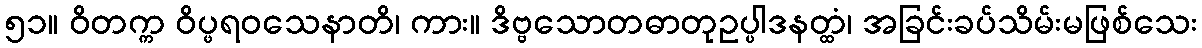
၅၁။ ဝိတက္က ဝိပ္ဖရဝသေနာတိ၊ ကား။ ဒိဗ္ဗသောတဓာတုဥပ္ပါဒနတ္ထံ၊ အခြင်းခပ်သိမ်းမဖြစ်သေး